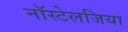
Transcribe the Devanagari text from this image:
नॉस्टेलजिया